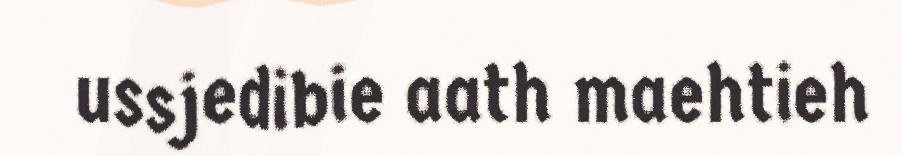
ussjedibie aath maehtieh